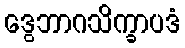
ဒွေဘာဂသိက္ခာပဒံ